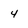
Character: 4